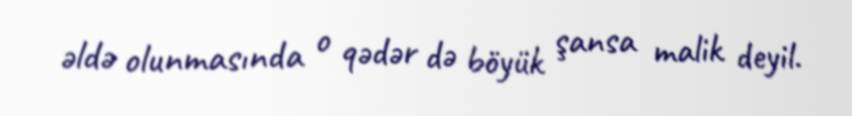
əldə olunmasında o qədər də böyük şansa malik deyil.